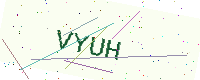
Text: VYUH